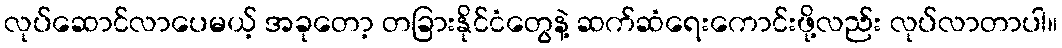
လုပ်ဆောင်လာပေမယ့် အခုတော့ တခြားနိုင်ငံတွေနဲ့ ဆက်ဆံရေးကောင်းဖို့လည်း လုပ်လာတာပါ။